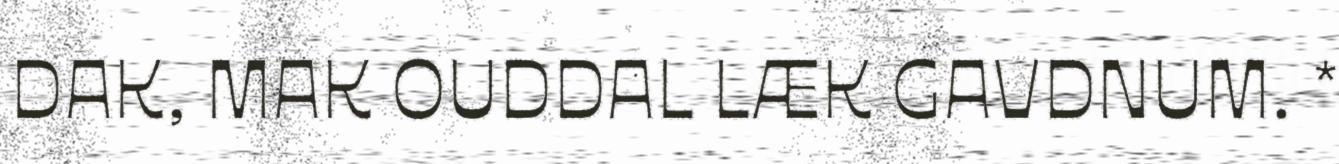
DAK, MAK OUDDAL LÆK GAVDNUM. *